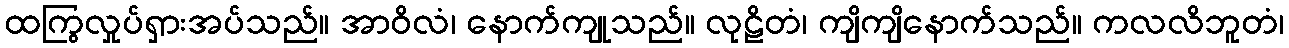
ထကြွလှုပ်ရှားအပ်သည်။ အာဝိလံ၊ နောက်ကျုသည်။ လုဠိတံ၊ ကျိကျိနောက်သည်။ ကလလိဘူတံ၊